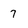
Character: 7